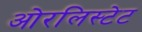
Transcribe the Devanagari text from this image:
ओरलिस्टेट